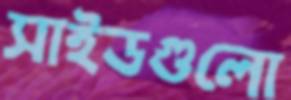
সাইডগুলো